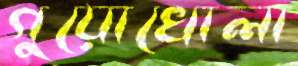
গুয়োখোলা